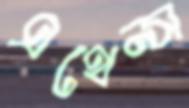
এথেন্স